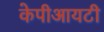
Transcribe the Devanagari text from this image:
केपीआयटी